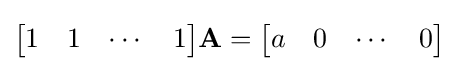
{\begin{bmatrix}1&1&\cdots &1\\\end{bmatrix}}\mathbf {A} ={\begin{bmatrix}a&0&\cdots &0\\\end{bmatrix}}